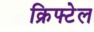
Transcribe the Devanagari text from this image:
क्रिफ्टेल